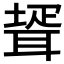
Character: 𦖜